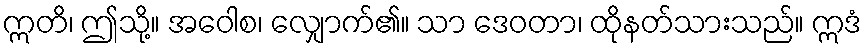
ဣတိ၊ ဤသို့။ အဝေါစ၊ လျှောက်၏။ သာ ဒေဝတာ၊ ထိုနတ်သားသည်။ ဣဒံ